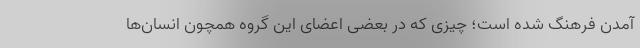
آمدن فرهنگ شده‌ است؛ چیزی که در بعضی اعضای این گروه همچون انسان‌ها